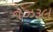
નઝરૂલ